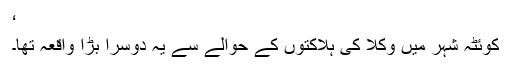
‘
کوئٹہ شہر میں وکلا کی ہلاکتوں کے حوالے سے یہ دوسرا بڑا واقعہ تھا۔